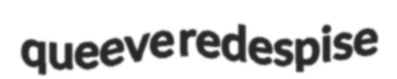
queeve redespise